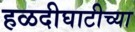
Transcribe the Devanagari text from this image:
हळदीघाटीच्या